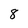
Character: 8